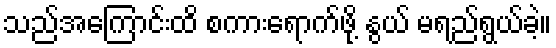
သည်အကြောင်းထိ စကားရောက်ဖို့ နွယ် မရည်ရွယ်ခဲ့။